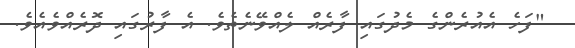
"ފަހެ އެއުރެންގެ މެދުގައި ފާރެއް ލެއްވޭނެތެވެ. އެ ފާރުގައި ދޮރެއްވެއެވެ.